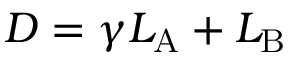
{ D } = \gamma { L } _ { \mathrm { { { A } } } } + { L } _ { \mathrm { { { B } } } }